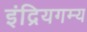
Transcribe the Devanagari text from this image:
इंद्रियगम्य